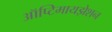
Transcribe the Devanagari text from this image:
ऑप्टिमायझेशन